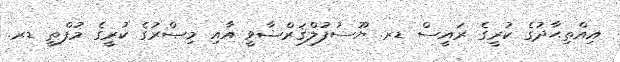
އިއްތިޙާދުގެ ކުރީގެ ރައީސް ޑރ. ޔޫސުފުލްޤަރްޟާވީ އާއި މިޞްރުގެ ކުރީގެ މުފްތީ ޑރ.